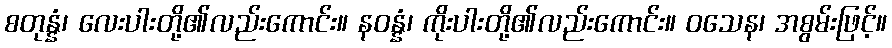
စတုန္နံ၊ လေးပါးတို့၏လည်းကောင်း။ နဝန္နံ၊ ကိုးပါးတို့၏လည်းကောင်း။ ဝသေန၊ အစွမ်းဖြင့်။